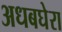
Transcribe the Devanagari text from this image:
अधबघेरा